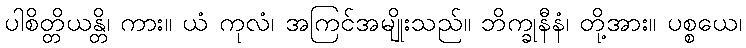
ပါစိတ္တိယန္တိ၊ ကား။ ယံ ကုလံ၊ အကြင်အမျိုးသည်။ ဘိက္ခုနီနံ၊ တို့အား။ ပစ္စယေ၊